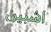
اشبين